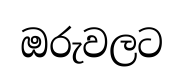
ඔරුවලට